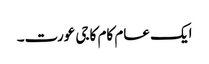
ایک عام کام کاجی عورت۔